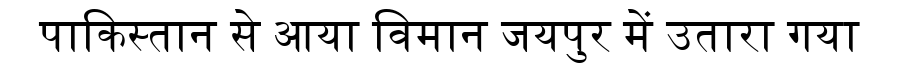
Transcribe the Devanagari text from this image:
पाकिस्तान से आया विमान जयपुर में उतारा गया